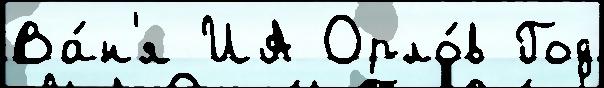
Ва́н'я ИА Орло́в Год